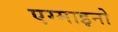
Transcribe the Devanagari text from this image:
एग्माइनो